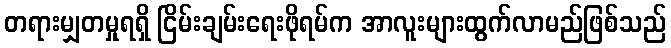
တရားမျှတမှုရရှိ ငြိမ်းချမ်းရေးဖိုရမ်က အာလူးများထွက်လာမည်ဖြစ်သည်